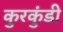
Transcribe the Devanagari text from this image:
कुरकुंडी